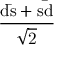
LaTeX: \mathrm { \frac { d { \bar { s } } + s { \bar { d } } } { \sqrt { 2 } } }